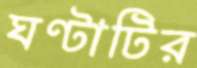
ঘণ্টাটির